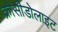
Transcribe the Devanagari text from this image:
क्रोसीडोलाइट